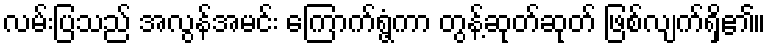
လမ်းပြသည် အလွန်အမင်း ကြောက်ရွံ့ကာ တွန့်ဆုတ်ဆုတ် ဖြစ်လျက်ရှိ၏။